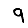
Digit: 9